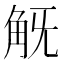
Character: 𧢾